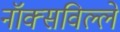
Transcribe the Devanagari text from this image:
नॉक्सविल्ले